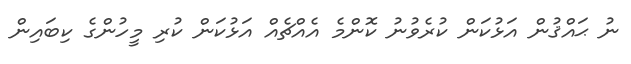
ނު ޙައްޤުން އަޅުކަން ކުރެވުނު ކޮންމެ އެއްޗެއް އަޅުކަން ކުރި މީހުންގެ ކިބައިން